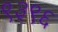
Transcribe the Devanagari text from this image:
९३९६